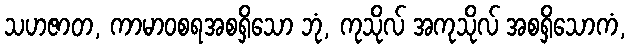
သဟဇာတ, ကာမာဝစရအစရှိသော ဘုံ, ကုသိုလ် အကုသိုလ် အစရှိသောကံ,